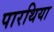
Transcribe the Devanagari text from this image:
पारथिया